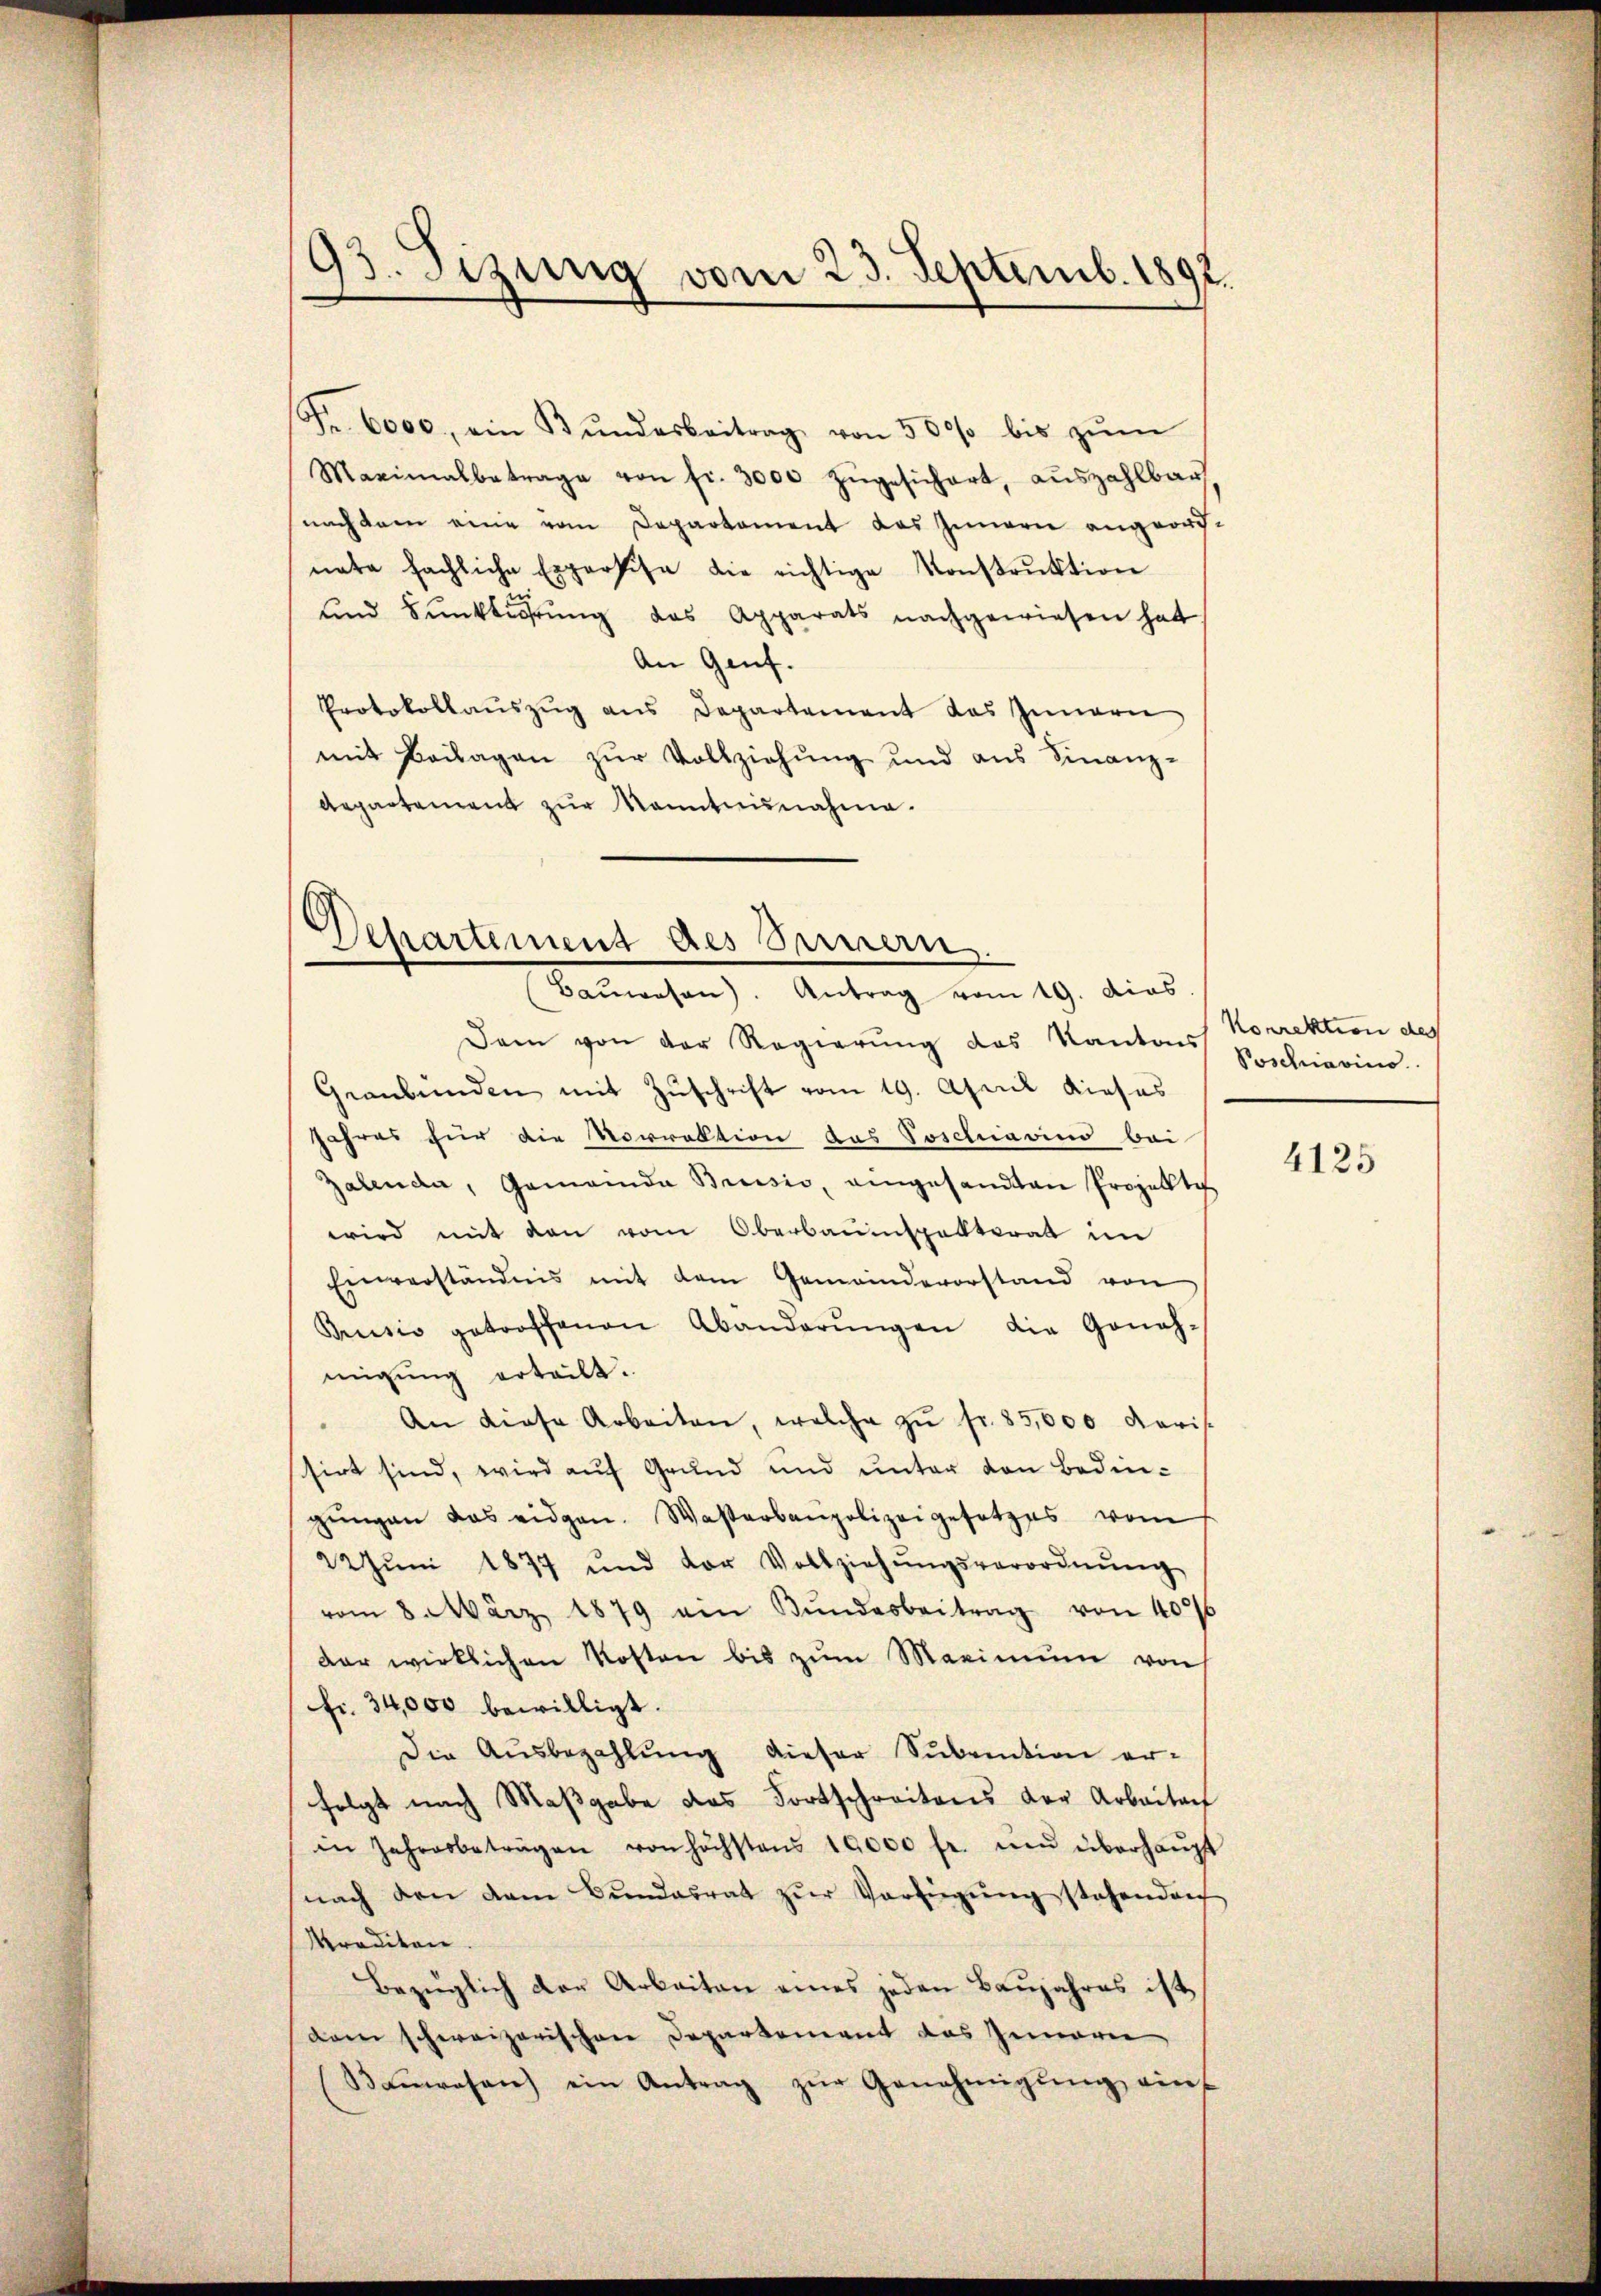
93. Sizung vom 23. Septemb. 1892.

Fr. 6000, ein Bŭndesbeitrag von 500 bis zŭm
Maximalbetrage von fr. 3000 zŭgesichert, aŭszahlbar
nach dem eine vom Departement das Innern angeordnata hächliche Expertise die richtige Konstrŭktion
und Funktierung des Apparats nachgewiesen hat
An Genf.
Protokollaŭszŭg ans Departement das Innern
mit Beilagen zur Vollziehung und aus Finanz-
Aegartement zur Manntnisnahme.

Departement des Bernern.
Baŭwesen). Antrag vom 19. dies

Dann von der Regierung des Kantons
Graubünden mit Zŭschrift vom 19. April dieses
Jahres für die Vorrektion das Poschiavius bei
Zalenda, Gemeinde Brusio, aingesandten Projekti
wird mit den vom Oberbauinspektorat im
Einverständnis mit dem Gemeindevorstand von
Brusio getroffenen Abänderŭngen die Genehmigung erteilt.
An diese Arbeiten, welche zŭ fr. 35,000 daris.
sirt sind, wird auf Grund und unter von Bedingŭngen das eidgen. Wasserbaupolizeigesetzes vom
22ŭni 1877 und der Vollziehŭngsverordnŭng
vom 8. März 1879 ein Bŭndesbeitrag von 40%
dar wirklichen Kosten bis zŭm Maximum von
fr. 34,000 bewilligt.
Die Ausbezahlung dieser Subvention er-
folgt nach Maßgabe das Fortschreitens der Arbeiten
in Jahresbeträgen von höchstens 10000 fr. und überhaŭpt
nach den dem Bŭndesrat zŭr Verfügŭng stehenden
krediten.
Bezüglich der Arbeiten eines jeden Baujahres ist
dam schweizerischen Departement das Gemarie
nrosen ein Antrag zŭr Genehmigŭng auf

Korrektion des
Posenarius

4125